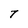
Character: T